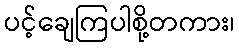
ပင့်ချေကြပါစို့တကား၊